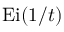
\operatorname { E i } ( 1 / t )